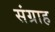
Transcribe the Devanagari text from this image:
संग्राह